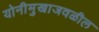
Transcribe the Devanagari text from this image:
योनीमुखाजवळील